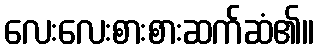
လေးလေးစားစားဆက်ဆံ၏။